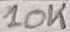
Text: 10K